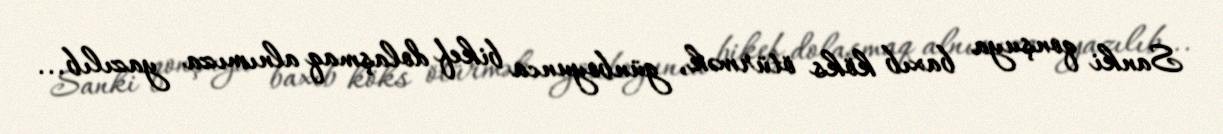
Sanki qonşuya baxıb köks ötürmək, günboyunca bikef dolaşmaq alnımıza yazılıb...